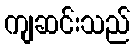
ကျဆင်းသည်